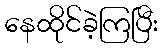
နေထိုင်ခဲ့ကြပြီး